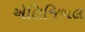
એલિજિબલ